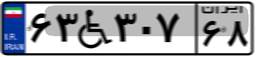
۴۹W۹۱۹۲۸